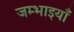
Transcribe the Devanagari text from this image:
जम्भाइयाँ